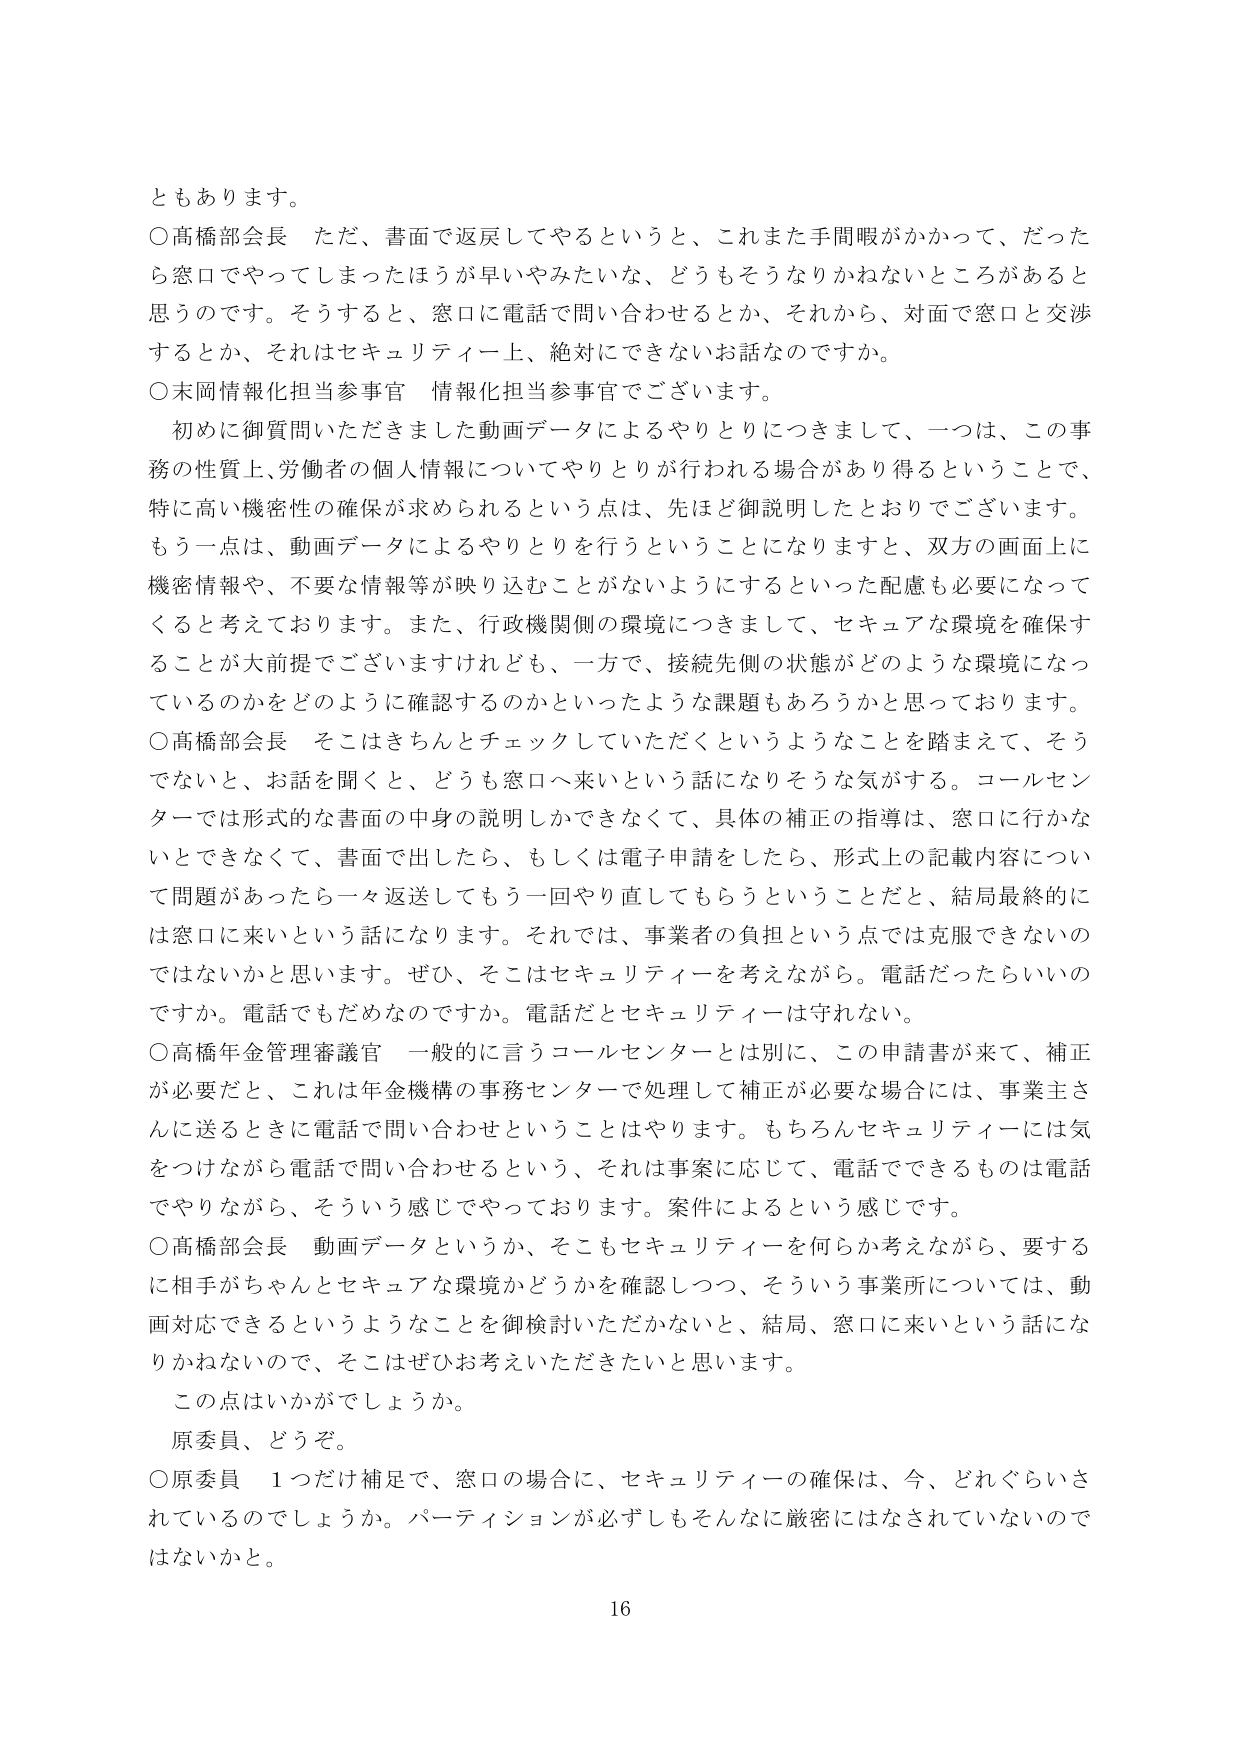
ともあります。

○高橋部会長 ただ、書面で返戻してやるというと、これまた手間暇がかかって、だったら窓口でやってしまったほうが早いやみたいな、どうもそうなりかねないところがあると思うのです。そうすると、窓口に電話で問い合わせるとか、それから、対面で窓口と交渉するとか、それはセキュリティ上、絶対にできないお話なのですか。

○末岡情報化担当参事官 情報化担当参事官でございます。
　初めに御質問いただきました動画データによるやりとりにつきまして、一つは、この事務の性質上、労働者の個人情報についてやりとりが行われる場合があり得るということで、特に高い機密性の確保が求められるという点は、先ほど御説明したとおりでございます。もう一点は、動画データによるやりとりを行うということになりますと、双方の画面上に機密情報や、不要な情報等が映り込むことがないようにするといった配慮も必要になってくると考えております。また、行政機関側の環境につきまして、セキュアな環境を確保することが大前提でございますけれども、一方で、接続先側の状態がどのような環境になっているのかをどのように確認するのかといったような課題もあろうかと思っております。

○高橋部会長 そこはきちんとチェックしていただくというようなことを踏まえて、そうでないと、お話を聞くと、どうも窓口へ来いという話になりそうな気がする。コールセンターでは形式的な書面の中身の説明しかできなくて、具体的補正の指導は、窓口に行かないとできなくて、書面で出したら、もしくは電子申請をしたら、形式上の記載内容について問題があったら一々返送してもう一回やり直してもらうということだと、結局最終的には窓口に来いという話になります。それでは、事業者の負担という点では克服できないのではないかと思います。ぜひ、そこはセキュリティを考えながら。電話だったらいいのですか。電話でもだめなのですか。電話だとセキュリティは守れない。

○高橋年金管理審議官 一般的に言うコールセンターとは別に、この申請書が来て、補正が必要だと、これは年金機構の事務センターで処理して補正が必要な場合には、事業主さんに送るときに電話で問い合わせということはやります。もちろんセキュリティには気をつけながら電話で問い合わせるという、それは事案に応じて、電話でできるものは電話でやりながら、そういう感じでやっております。案件によるという感じです。

○高橋部会長 動画データというか、そこもセキュリティを何らか考えながら、要するに相手がちゃんとセキュアな環境かどうかを確認しつつ、そういう事業所については、動画対応できるというようなことを御検討いただかないと、結局、窓口に来いという話になりかねないので、そこはぜひお考えいただきたいと思います。
　この点はいかがでしょうか。

　原委員、どうぞ。

○原委員 1つだけ補足で、窓口の場合に、セキュリティの確保は、今、どれぐらいされているのでしょうか。パーティションが必ずしもそんなに厳密にはなされていないのではないでしょうか。

16